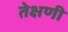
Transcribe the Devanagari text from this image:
तेक्षणी